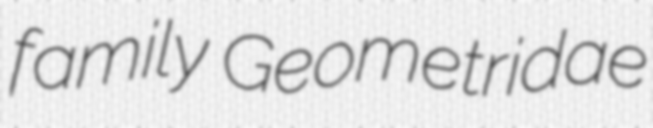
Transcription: family Geometridae